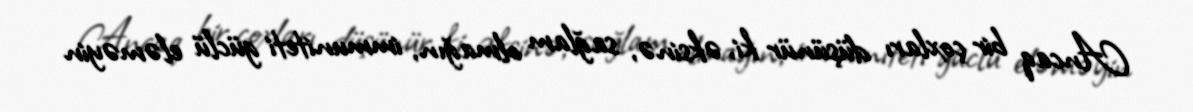
Ancaq bir çoxları düşünür ki, əksinə, sağlam olmağın, immuniteti güclü eləməyin